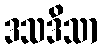
ဒသဒိသာ